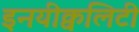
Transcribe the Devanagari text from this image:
इनयीक्वलिटी